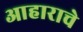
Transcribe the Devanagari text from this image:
आहाराचे